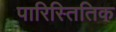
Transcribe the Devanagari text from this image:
पारिस्तितिक